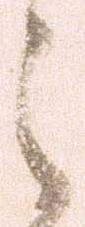
之